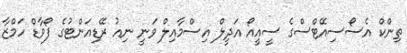
ތިންކް އެސޯސިއޭޓްސްގެ ސީއީއޯ އަދީލް އިސްމާއިލް ވަނީ ނިއު ރޭޑިއަންޓުގެ ފޯވާޑް ހަމްޒާ